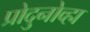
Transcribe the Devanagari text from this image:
प्रोदुनोव्हा